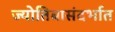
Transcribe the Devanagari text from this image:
ज्योतिबासंदर्भात